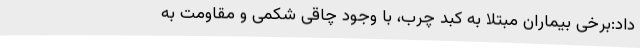
داد:برخی بیماران مبتلا به کبد چرب، با وجود چاقی شکمی و مقاومت به